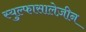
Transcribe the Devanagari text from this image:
स्युल्फासालेज़ीन